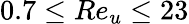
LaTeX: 0.7\leq Re_{u}\leq 23